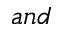
a n d